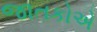
જાતકોએ